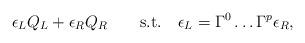
LaTeX: \begin{align*}\epsilon_L Q_L + \epsilon_R Q_R \qquad {\rm s.t.} \quad\epsilon_L = \Gamma^0 \ldots \Gamma^p \epsilon_R,\end{align*}